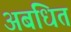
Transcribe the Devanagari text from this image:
अबधित